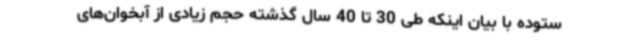
ستوده با بیان اینکه طی 30 تا 40 سال گذشته حجم زیادی از آبخوان‌های